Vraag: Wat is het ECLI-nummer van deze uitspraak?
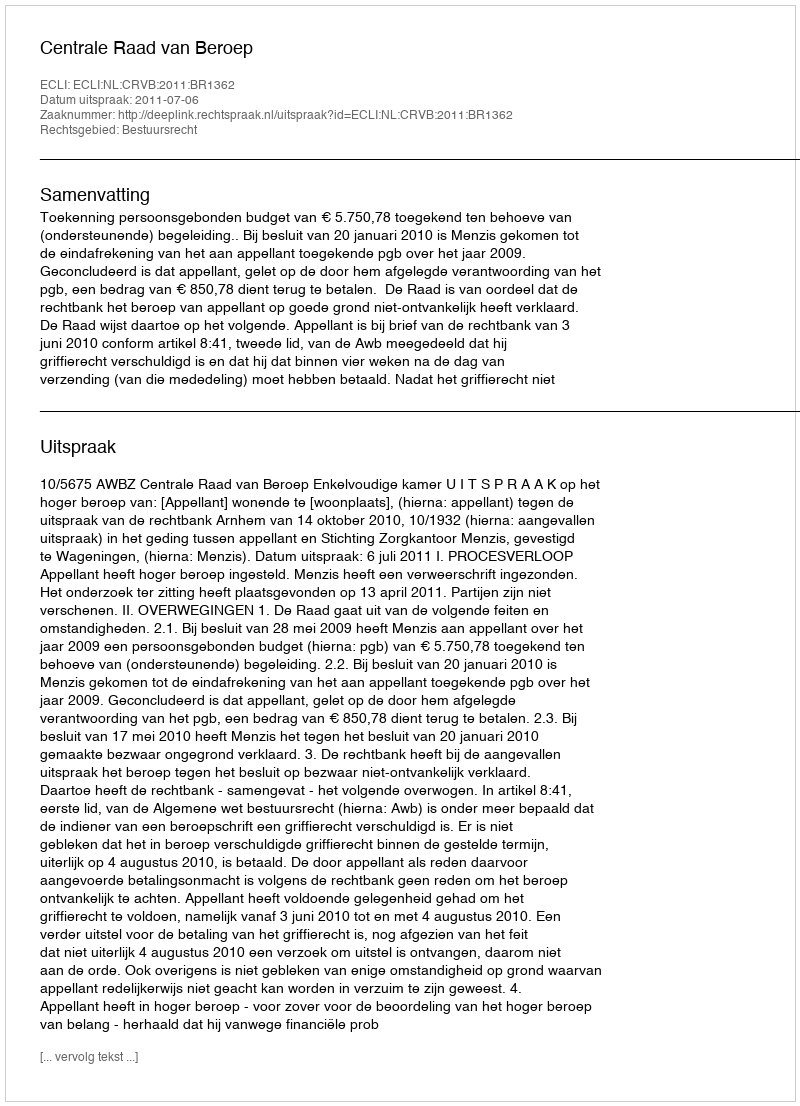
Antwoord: ECLI:NL:CRVB:2011:BR1362